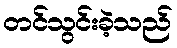
တင်သွင်းခဲ့သည်